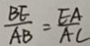
\frac { B E } { A B } = \frac { E A } { A C }